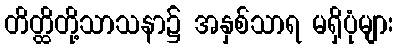
တိတ္ထိတို့သာသနာ၌ အနှစ်သာရ မရှိပုံများ